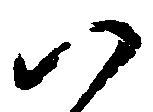
以